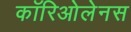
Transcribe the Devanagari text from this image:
कॉरिओलेनस